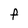
Character: F